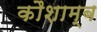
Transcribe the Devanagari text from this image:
कौशाम्ब